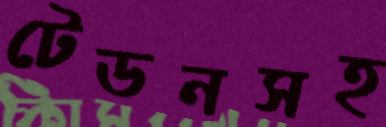
টেডনসহ